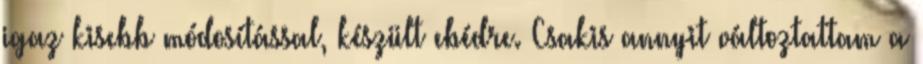
igaz kisebb módosítással, készült ebédre. Csakis annyit változtattam a